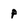
Character: p